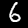
Digit: 6